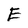
Character: E